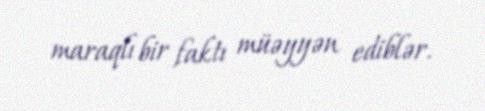
maraqlı bir faktı müəyyən ediblər.